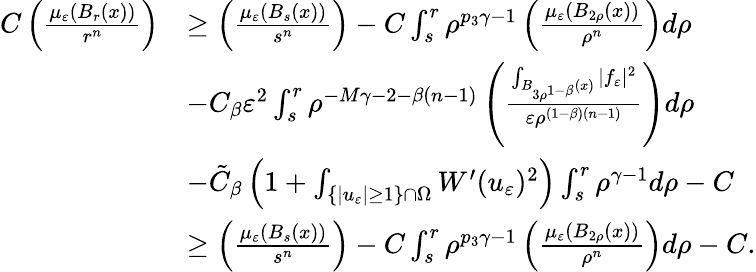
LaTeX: \begin{array}{rl}{C\left(\frac{\mu_{\varepsilon}(B_{r}(x))}{r^{n}}\right)}&{\geq\left(\frac{\mu_{\varepsilon}(B_{s}(x))}{s^{n}}\right)-C\int_{s}^{r}\rho^{p_{3}\gamma-1}\left(\frac{\mu_{\varepsilon}(B_{2\rho}(x))}{\rho^{n}}\right)d\rho}\\ &{-C_{\beta}\varepsilon^{2}\int_{s}^{r}\rho^{-M\gamma-2-\beta(n-1)}\left(\frac{\int_{B_{3\rho^{1-\beta}}(x)}|f_{\varepsilon}|^{2}}{\varepsilon\rho^{(1-\beta)(n-1)}}\right)d\rho}\\ &{-\tilde{C}_{\beta}\left(1+\int_{\{ |u_{\varepsilon}|\geq 1\} \cap\Omega}W^{\prime}(u_{\varepsilon})^{2}\right)\int_{s}^{r}\rho^{\gamma-1}d\rho-C}\\ &{\geq\left(\frac{\mu_{\varepsilon}(B_{s}(x))}{s^{n}}\right)-C\int_{s}^{r}\rho^{p_{3}\gamma-1}\left(\frac{\mu_{\varepsilon}(B_{2\rho}(x))}{\rho^{n}}\right)d\rho-C.}\end{array}